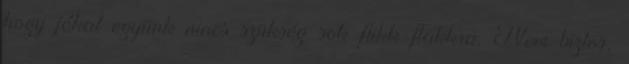
hogy jókat együnk nincs szükség sok flikk-flakkra. Nem biztos,